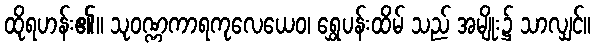
ထိုရဟန်း၏။ သုဝဏ္ဏကာရကုလေယေဝ၊ ရွှေပန်းထိမ် သည် အမျိုး၌ သာလျှင်။